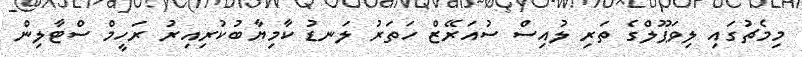
މިމެޗުގައި ލިވަޕޫލްގެ ތަރި ލުއިސް ސުއަރޭޒް ހަތަރު ލަނޑު ކާމިޔާބުކުރިއިރު ރަހީމް ސްޓާލިން